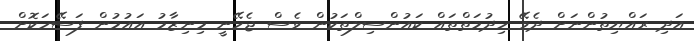
އަދި ރައްޔިތުންނަށް ދެވޭ ހިދުމަތްތައް ކައުންސިލްތަކުން ވެސް ޖެހޭނީ މިނިޒާމު އައުމުން ފަސޭހަކޮށް